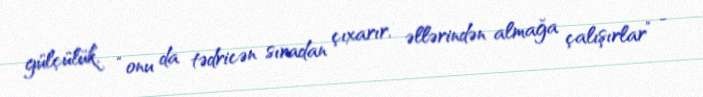
gülçülük, “onu da tədricən sıradan çıxarır, əllərindən almağa çalışırlar” -